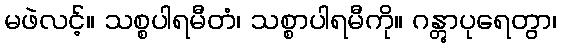
မဖဲလင့်။ သစ္စပါရမီတံ၊ သစ္စာပါရမီကို။ ဂန္တွာပုရေတွာ၊